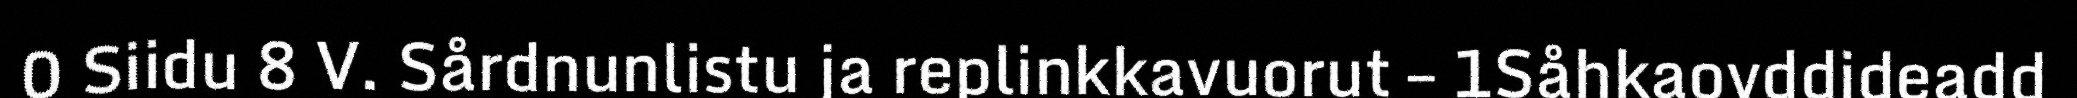
0 Siidu 8 V. Sårdnunlistu ja replinkkavuorut – 1Såhkaovddideadd